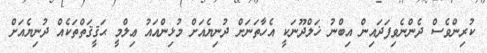
ކުރިންވެސް ދެންނެވިފަދައިން އިބްނު ޚަލްދޫނަކީ އެހާތަނަށް ދުނިޔެއަށް މުޅިންއައު ޢިލްމީ ޙަޤީޤަތްތަކެއް ދުނިޔެއަށް